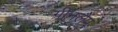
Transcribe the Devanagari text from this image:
ग्रीनलैंप